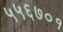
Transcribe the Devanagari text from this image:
५५६७०१